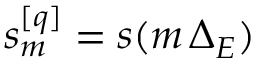
s _ { m } ^ { [ q ] } = s ( m \, \Delta _ { E } )